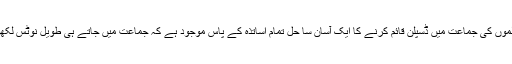
ساٹھ طالب علموں کی جماعت میں ڈسپلن قائم کرنے کا ایک آسان سا حل تمام اساتذہ کے پاس موجود ہے کہ جماعت میں جاتے ہی طویل نوٹس لکھوا دیے جائیں۔